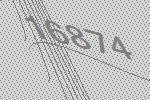
16874